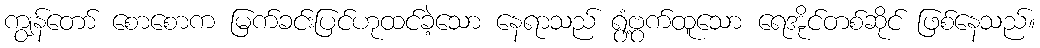
ကျွန်တော် စောစောက မြက်ခင်းပြင်ဟုထင်ခဲ့သော နေရာသည် ရွံ့ဗွက်ထူသော ရေအိုင်တစ်ဆိုင် ဖြစ်နေသည်။